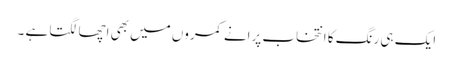
ایک ہی رنگ کا انتخاب پرانے کمروں میں بھی اچھا لگتا ہے ۔